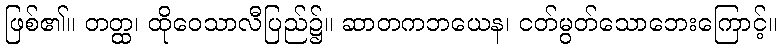
ဖြစ်၏။ တတ္ထ၊ ထိုဝေသာလီပြည်၌။ ဆာတကဘယေန၊ ငတ်မွတ်သောဘေးကြောင့်။